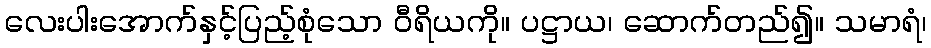
လေးပါးအောက်နှင့်ပြည့်စုံသော ဝီရိယကို။ ပဋ္ဌာယ၊ ဆောက်တည်၍။ သမာရံ၊